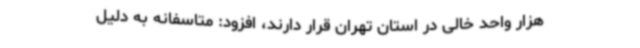
هزار واحد خالی در استان تهران قرار دارند، افزود: متاسفانه به دلیل